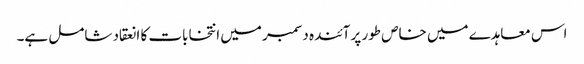
اس معاہدے میں خاص طور پر آئندہ دسمبر میں انتخابات کا انعقاد شامل ہے۔